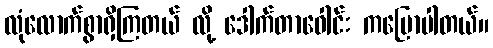
လုံလောက်စွာရှိကြတယ် လို့ ဒေါက်တာဝေါင်း ကပြောပါတယ်။